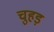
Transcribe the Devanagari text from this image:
चुहड़